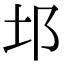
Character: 𨙭